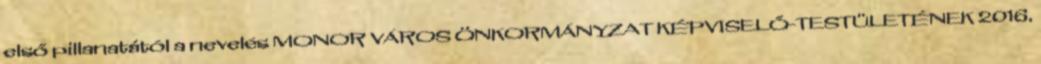
első pillanatától a nevelés MONOR VÁROS ÖNKORMÁNYZAT KÉPVISELŐ-TESTÜLETÉNEK 2016.